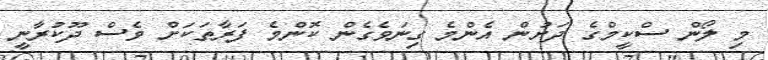
މި ލޯން ސްކީމްގެ ދަށުން އެންމެ ގިނަވެގެން ކޮންމެ ފަރާތަކަށް ވެސް ދޫކުރާނީ